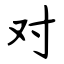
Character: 对